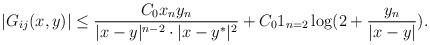
LaTeX: \begin{align*}|G_{ij}(x,y)|\le \frac {C_0 x_ny_n}{|x-y|^{n-2}\cdot|x-y^*|^{2}} + C_0 1_{n=2} \log(2+\frac {y_n}{|x-y|}).\end{align*}